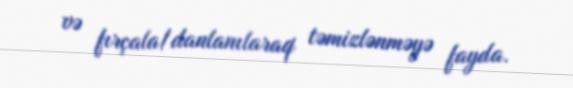
və fırçala/danlanılaraq təmizlənməyə fayda.